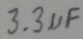
Text: 3.3µF